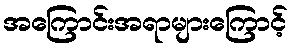
အကြောင်းအရာများကြောင့်